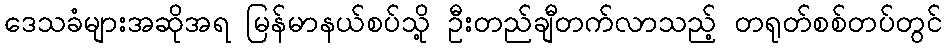
ဒေသခံများအဆိုအရ မြန်မာနယ်စပ်သို့ ဦးတည်ချီတက်လာသည့် တရုတ်စစ်တပ်တွင်